Problem: 50 + 48 = ?
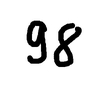
Handwritten answer: 98